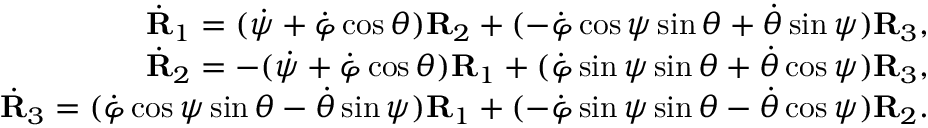
\begin{array} { r } { \dot { \bf R } _ { 1 } = ( \dot { \psi } + \dot { \varphi } \cos \theta ) { \bf R } _ { 2 } + ( - \dot { \varphi } \cos \psi \sin \theta + \dot { \theta } \sin \psi ) { \bf R } _ { 3 } , } \\ { \dot { \bf R } _ { 2 } = - ( \dot { \psi } + \dot { \varphi } \cos \theta ) { \bf R } _ { 1 } + ( \dot { \varphi } \sin \psi \sin \theta + \dot { \theta } \cos \psi ) { \bf R } _ { 3 } , } \\ { \dot { \bf R } _ { 3 } = ( \dot { \varphi } \cos \psi \sin \theta - \dot { \theta } \sin \psi ) { \bf R } _ { 1 } + ( - \dot { \varphi } \sin \psi \sin \theta - \dot { \theta } \cos \psi ) { \bf R } _ { 2 } . } \end{array}